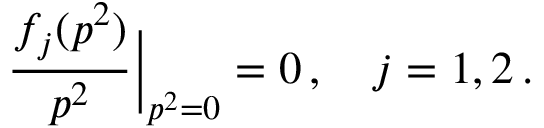
\frac { f _ { j } ( p ^ { 2 } ) } { p ^ { 2 } } { \bigg | } _ { p ^ { 2 } = 0 } = 0 \, , \quad j = 1 , 2 \, .